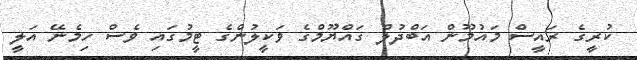
ކުރީގެ ރައީސް މައުމޫން އަބްދުލް ގައްޔޫމްގެ ވަކީލުންގެ ޓީމުގައި ވެސް ހިމެނޭ އަލީ